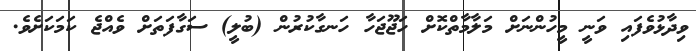
ވިދާޅުވެފައި ވަނީ މީހުންނަށް މަލާމާތްކޮށް ހަޖޫޖަހާ ހަނގާކުރުން (ބުލީ) ސަގާފަތަށް ވެއްޖެ ކަމަކަށެވެ.